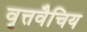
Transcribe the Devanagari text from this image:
वृत्तवैचिय